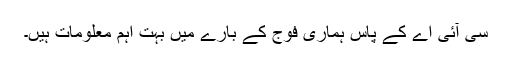
سی آئی اے کے پاس ہماری فوج کے بارے میں بہت اہم معلومات ہیں۔